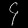
Digit: ၄